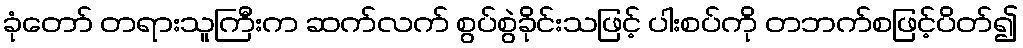
ခုံတော် တရားသူကြီးက ဆက်လက် စွပ်စွဲခိုင်းသဖြင့် ပါးစပ်ကို တဘက်စဖြင့်ပိတ်၍